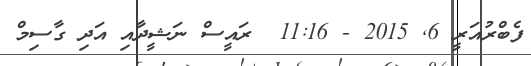
ފެބްރުއަރީ 6